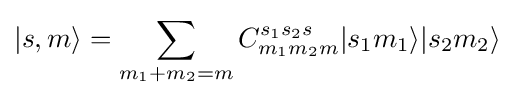
|s,m\rangle =\sum _{m_{1}+m_{2}=m}C_{m_{1}m_{2}m}^{s_{1}s_{2}s}|s_{1}m_{1}\rangle |s_{2}m_{2}\rangle